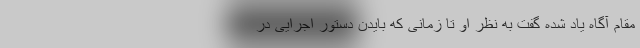
مقام آگاه یاد شده گفت به نظر او تا زمانی که بایدن دستور اجرایی در